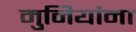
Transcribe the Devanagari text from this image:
मुनियांना